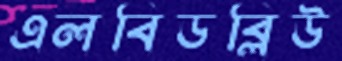
এলবিডব্লিউ